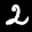
Label: 2